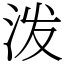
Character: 泼